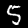
Label: 5